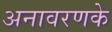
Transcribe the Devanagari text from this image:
अनावरणके